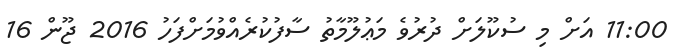
11:00 އަށް މި ސުކޫލަށް ދުރުވެ މަޢުލޫމާތު ސާފުކުރެއްވުމަށްފަހު 2016 ޖޫން 16